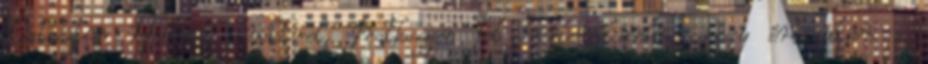
Palesztin Hatóság elnökével. Iratkozzon fel hírlevelünkre, hogy értesüljön a